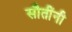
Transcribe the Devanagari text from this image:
सौतींनी